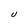
Character: U